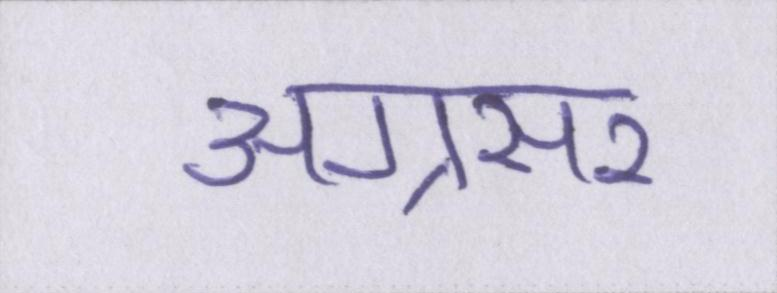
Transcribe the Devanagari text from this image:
अग्रसर